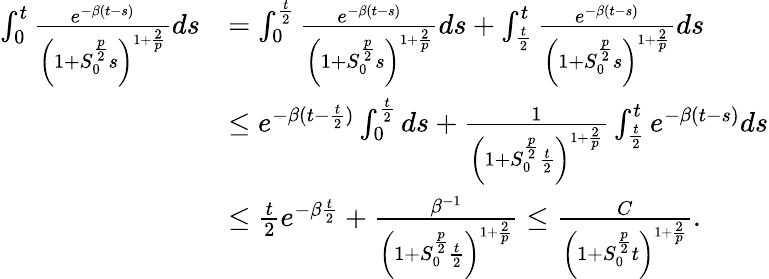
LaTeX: \begin{array}{rl}{\int_{0}^{t}\frac{e^{-\beta(t-s)}}{\left(1+S_{0}^{\frac{p}{2}}s\right)^{1+\frac{2}{p}}}ds}&{=\int_{0}^{\frac{t}{2}}\frac{e^{-\beta(t-s)}}{\left(1+S_{0}^{\frac{p}{2}}s\right)^{1+\frac{2}{p}}}ds+\int_{\frac{t}{2}}^{t}\frac{e^{-\beta(t-s)}}{\left(1+S_{0}^{\frac{p}{2}}s\right)^{1+\frac{2}{p}}}ds}\\ &{\le e^{-\beta(t-\frac{t}{2})}\int_{0}^{\frac{t}{2}}ds+\frac{1}{\left(1+S_{0}^{\frac{p}{2}}\frac{t}{2}\right)^{1+\frac{2}{p}}}\int_{\frac{t}{2}}^{t}e^{-\beta(t-s)}ds}\\ &{\le\frac{t}{2}e^{-\beta\frac{t}{2}}+\frac{\beta^{-1}}{\left(1+S_{0}^{\frac{p}{2}}\frac{t}{2}\right)^{1+\frac{2}{p}}}\le\frac{C}{\left(1+S_{0}^{\frac{p}{2}}t\right)^{1+\frac{2}{p}}}.}\end{array}